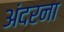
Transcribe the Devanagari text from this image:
अंदरना